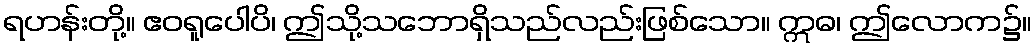
ရဟန်းတို့။ ဧဝရူပေါပိ၊ ဤသို့သဘောရှိသည်လည်းဖြစ်သော။ ဣဓ၊ ဤလောက၌။